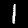
Digit: 1